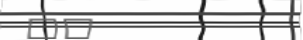
٣٥